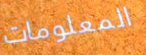
المعلومات